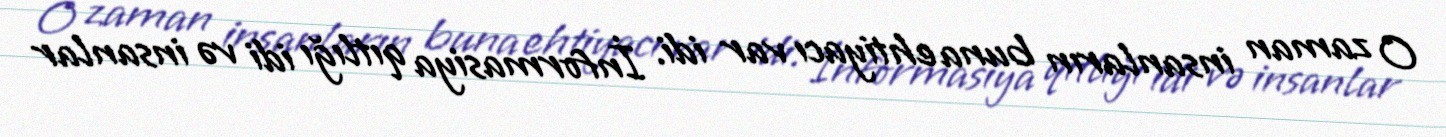
O zaman insanların buna ehtiyacı var idi. İnformasiya qıtlığı idi və insanlar